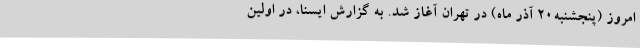
امروز (پنجشنبه20 آذر ماه) در تهران آغاز شد. به گزارش ایسنا، در اولین